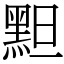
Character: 䵣